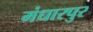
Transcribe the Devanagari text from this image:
मंधारपुर